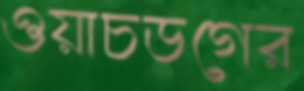
ওয়াচডগের